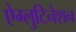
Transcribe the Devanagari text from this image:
ऐग्लुटिनेशन